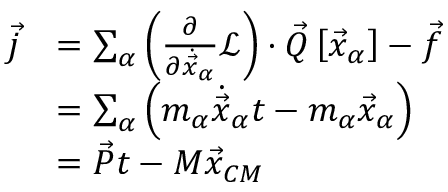
{ \begin{array} { r l } { { \vec { j } } } & { = \sum _ { \alpha } \left( { \frac { \partial } { \partial { \dot { \vec { x } } } _ { \alpha } } } { \mathcal { L } } \right) \cdot { \vec { Q } } \left[ { \vec { x } } _ { \alpha } \right] - { \vec { f } } } \\ & { = \sum _ { \alpha } \left( m _ { \alpha } { \dot { \vec { x } } } _ { \alpha } t - m _ { \alpha } { \vec { x } } _ { \alpha } \right) } \\ & { = { \vec { P } } t - M { \vec { x } } _ { C M } } \end{array} }